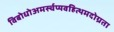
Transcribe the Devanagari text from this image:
विबोधोअमर्स्चप्यवहित्थमदोग्रता